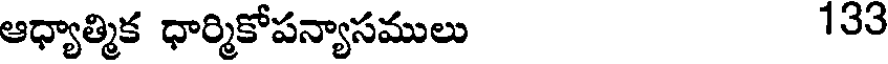
ఆధ్యాత్మిక ధార్మికోపన్యాసములు 133